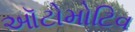
ઑટોમોટિવ